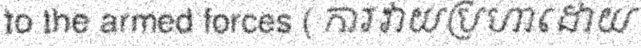
to the armed forces ( ការវាយប្រហាដោយ